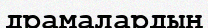
драмалардың